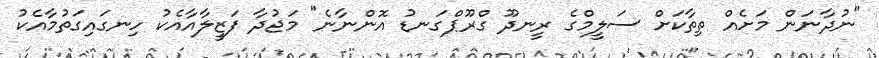
"ނުދާނަން މަށެއް ތިތާކަށް ސަލީމްގެ ރީނދޫ ގްރޫޕްގަނޑު އޮންނާނެ" މަޖުދާ ފަޒީލާއާއެކު ހިނގައިގަތުމާއެކު